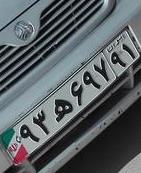
۹۳ه۶۹۷۹۱